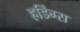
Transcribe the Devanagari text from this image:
हर्डिंग्स